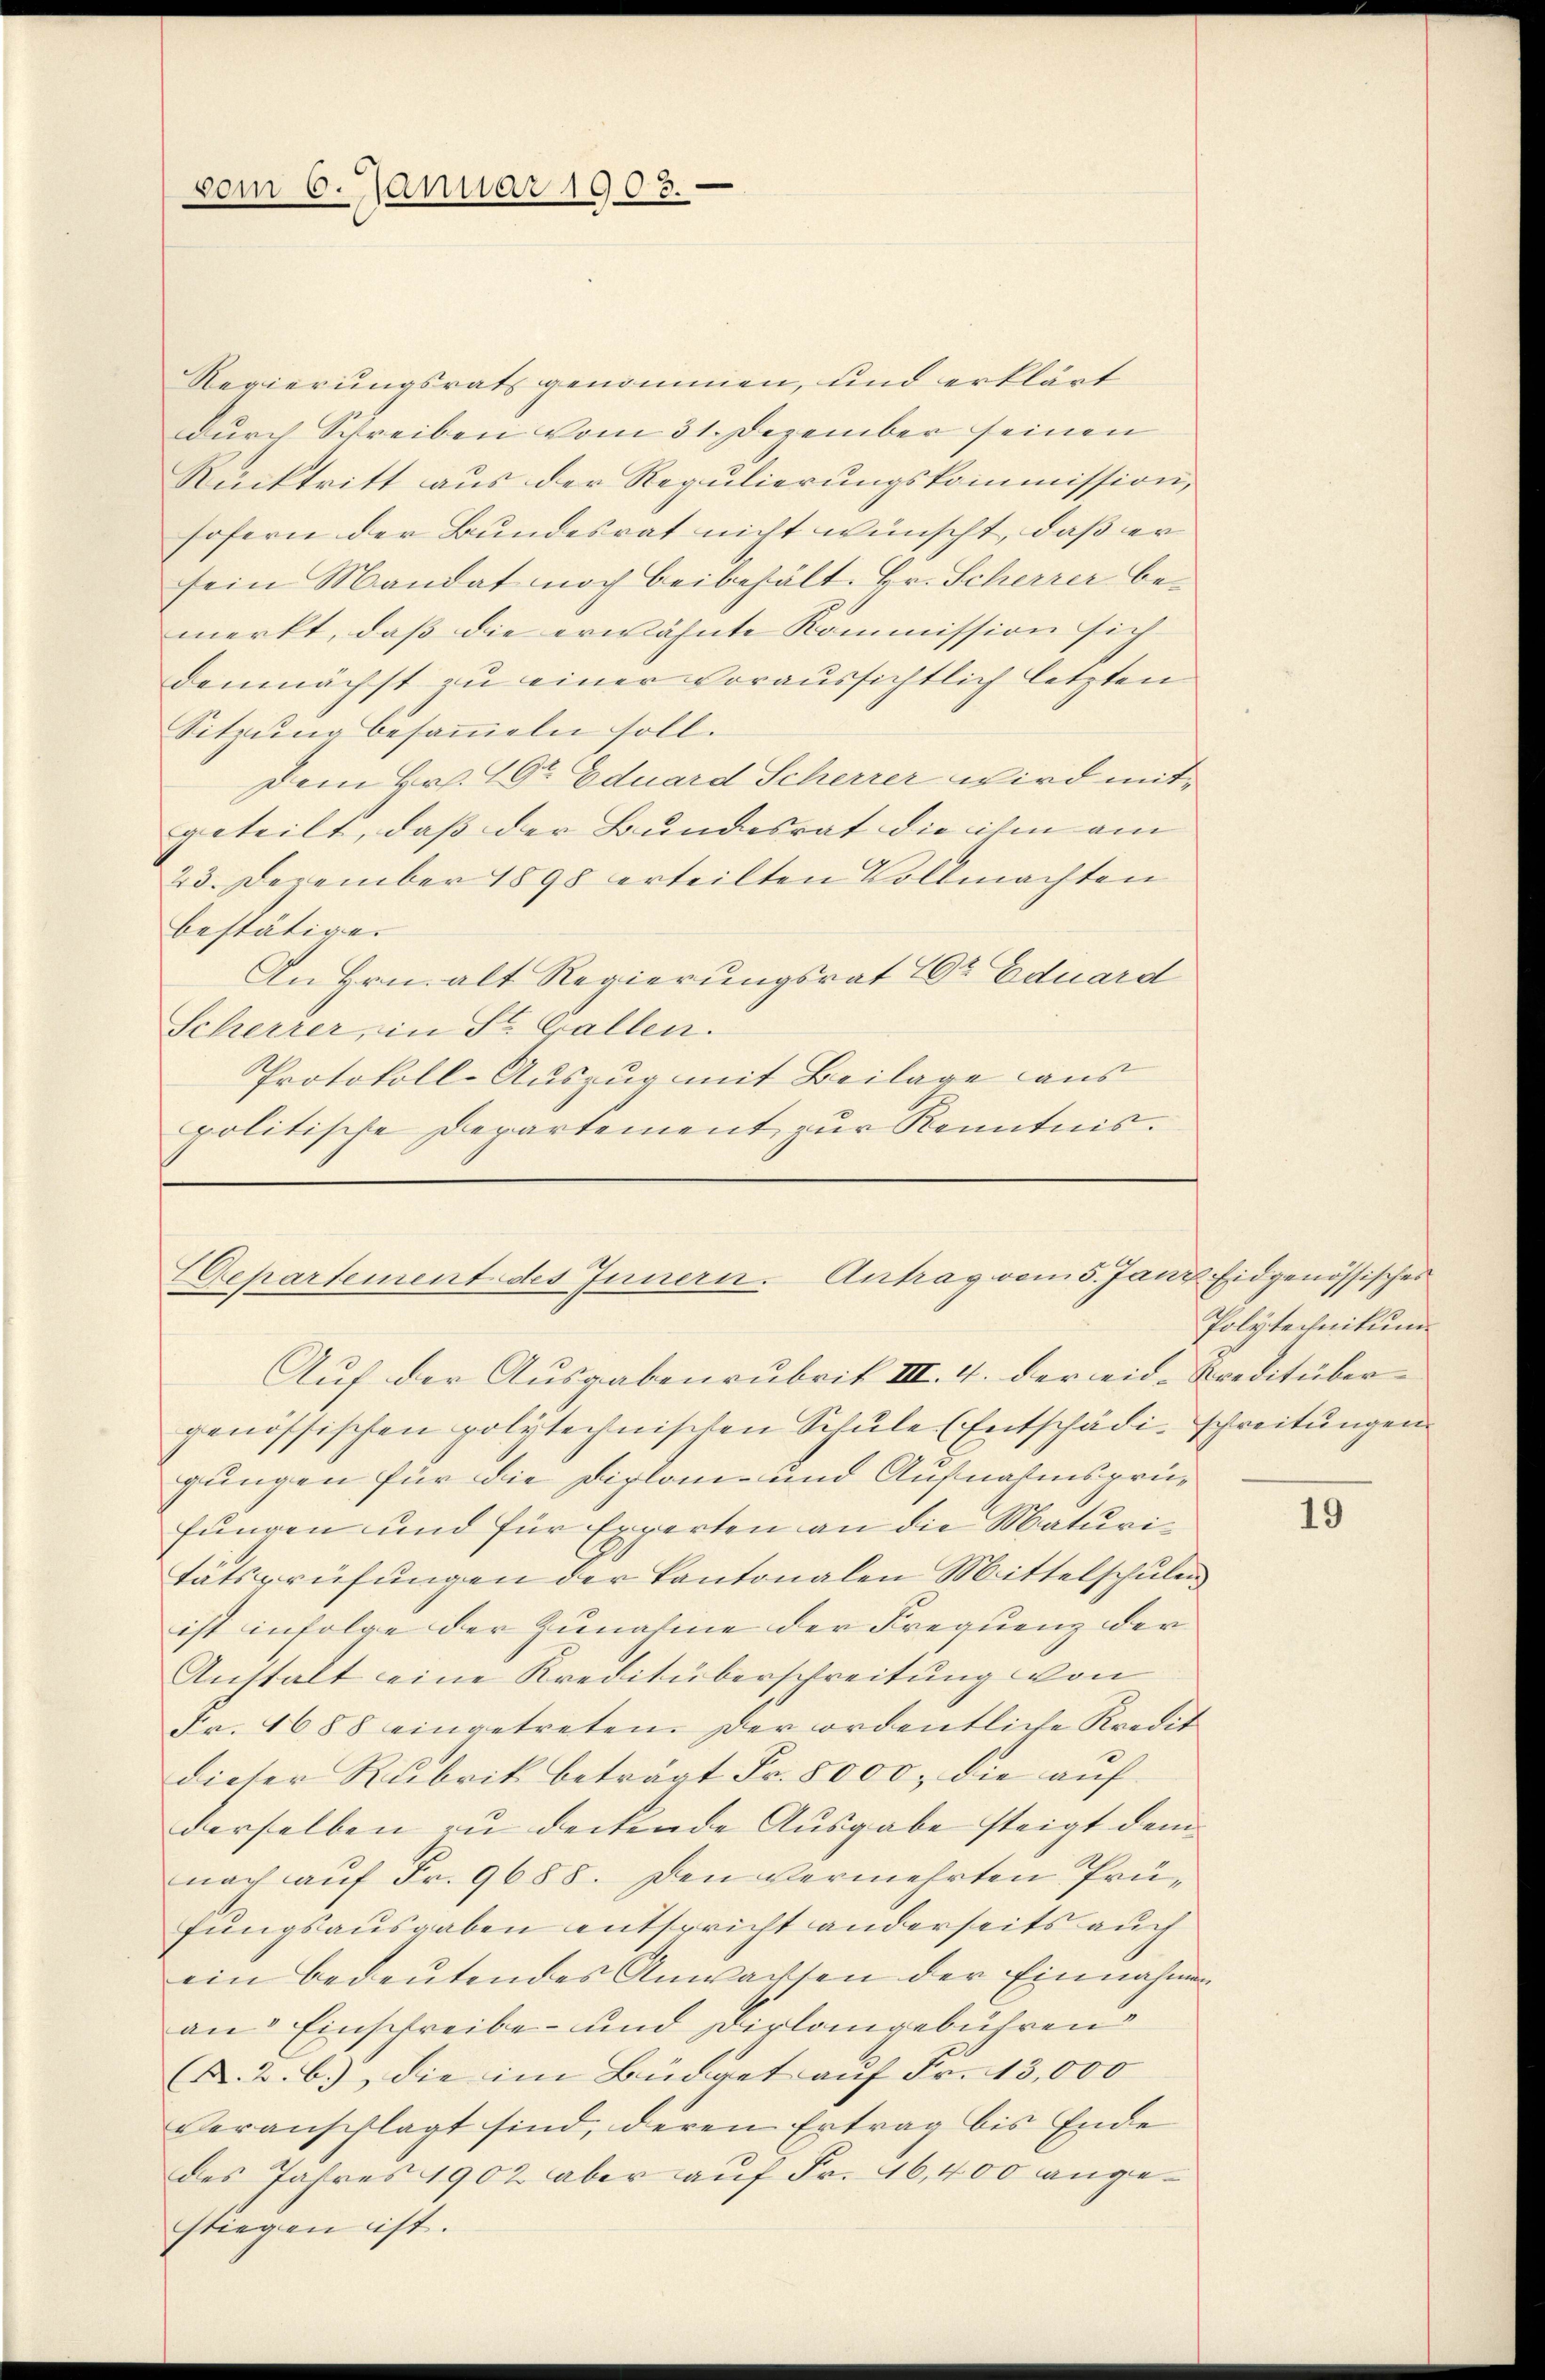
vom 6. Januar 1903.

Regierungsrats genommen, und erklärt
durch Schreiben vom 31. Dezember seinen
Rücktritt aus der Regulierungskommission,
sofern der Bundesrat nicht wünscht, daß er
sein Mandat noch beibehält. Hr. Scherrer bemerkt, daß die erwähnte Kommission sich
demnächst zu einer voraussichtlich letzten
Sitzung besammeln soll.
Dem Hr. Dr Eduard Scherrer wird mit
geteilt, daß der Bundesrat die ihm am
23. Dezember 1898 erteilten Vollmachten
bestätigen
An Hrn. alt Regierungsrat Dr Eduard
Scherrer, in St. Gallen.
Protokoll-Auszug mit Beilage aus
politische Departement zur Kenntnis.

Departement des Innern. Antrag vom 5. Janz Eidgenössisches
Auf der Ausgabenrubrik III. 4. der eid. Kreditüber¬

genössischen polytechnischen Schule (Entschädi-Schreitungen
gungen für die Diplom- und Aufnahmsprüfungen und für Experten an die Maturitätsprüfungen der Kantonalen Mittelschulen
ist infolge der Zunahme der Frequenz der
Anstalt eine Kreditüberschreitung von
Fr. 1688 eingetreten. Der ordentliche Kredit
dieter Rubrik beträgt Fr. 8000. die auf
derselben zu deckende Ausgabe steigt dem
nach auf Fr. 9688. Den vermehrten Prüfungsausgaben entspricht anderseits auch
ein bedeutendes Anwachsen der Einnahmen
an Einschreibe- und Dirlangebühren
K. 2. b.) die im Büdget auf Fr. 13,000
veranschlagt sind, deren Ertrag bis Ende
des Jahres 1902 aber auf Fr. 46,400 angestiegen ist.

Polytechnikum

19